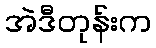
အဲဒီတုန်းက